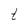
Character: t